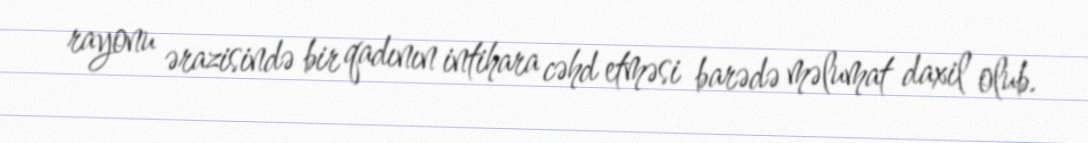
rayonu ərazisində bir qadının intihara cəhd etməsi barədə məlumat daxil olub.